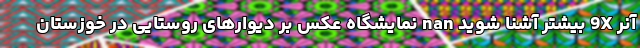
آنر 9X بیشتر آشنا شوید nan نمایشگاه عکس بر دیوارهای روستایی در خوزستان